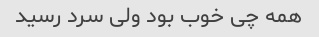
همه چی خوب بود ولی سرد رسید